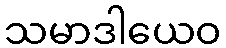
သမာဒါယေဝ